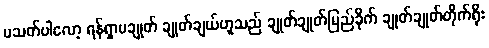
ပသတ်ပါလော့ ရန်ရှာမချုတ် ချုတ်ချယ်ဟူသည် ချုတ်ချုတ်မြည်ခိုက် ချုတ်ချုတ်တိုက်ရိုး